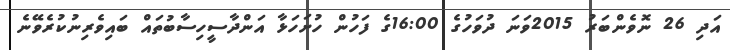
އަދި 26 ނޮވެންބަރު 2015ވަނަ ދުވަހުގެ 16:00ގެ ފަހުން ހުށަހަޅާ އަންދާސީހިސާބުތައް ބައިވެރިނުކުރެވޭނެ